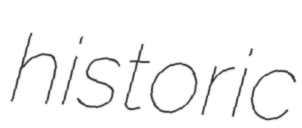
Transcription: historic